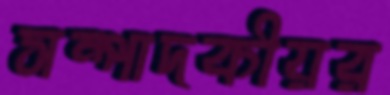
সম্পাদকীয়র